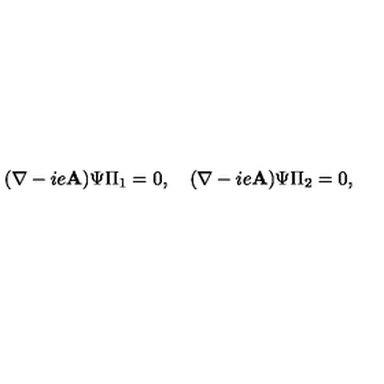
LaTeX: ( \mathbf { \nabla } - i e \mathbf { A } ) \Psi \Pi _ { 1 } = 0 , \quad ( \mathbf { \nabla } - i e \mathbf { A } ) \Psi \Pi _ { 2 } = 0 ,